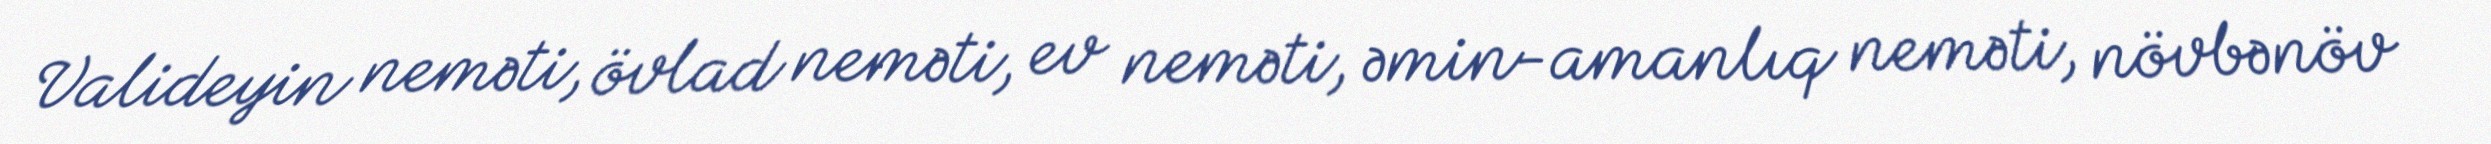
Valideyin neməti, övlad neməti, ev neməti, əmin-amanlıq neməti, növbənöv